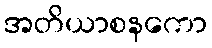
အတိယာစနကော